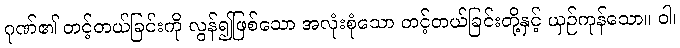
ဂုဏ်၏ တင့်တယ်ခြင်းကို လွန်၍ဖြစ်သော အလုံးစုံသော တင့်တယ်ခြင်းတို့နှင့် ယှဉ်ကုန်သော။ ဝါ၊